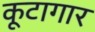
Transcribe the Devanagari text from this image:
कूटागार